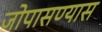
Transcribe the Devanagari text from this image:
जोपासण्यास